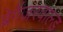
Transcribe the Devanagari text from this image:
ब्रेगेंज़रवाल्ड